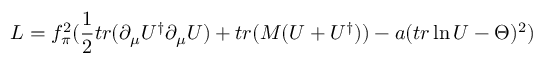
{ \cal { L } } = f _ { \pi } ^ { 2 } ( \frac { 1 } { 2 } t r ( \partial _ { \mu } U ^ { \dagger } \partial _ { \mu } U ) + t r ( M ( U + U ^ { \dagger } ) ) - a ( t r \ln U - \Theta ) ^ { 2 } )